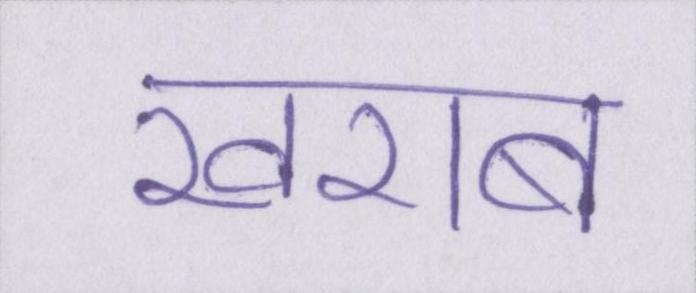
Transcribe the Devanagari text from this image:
खराब